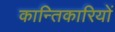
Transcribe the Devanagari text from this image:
कान्तिकारियों